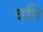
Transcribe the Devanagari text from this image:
वति